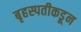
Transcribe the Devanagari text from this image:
बृहस्पतीकडून